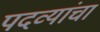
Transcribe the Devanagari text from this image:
पदव्यांचा